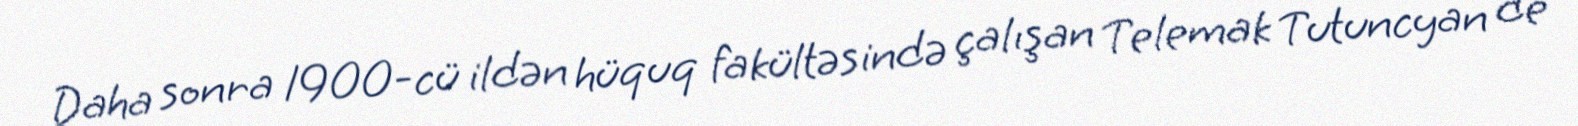
Daha sonra 1900-cü ildən hüquq fakültəsində çalışan Telemak Tutuncyan de